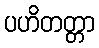
ပဟိတတ္တာ